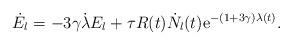
LaTeX: \begin{align*}\dot E_l = -3\gamma\dot\lambda E_l +\tau R(t) \dot N_l(t) \mathrm{e}^{-(1+3\gamma)\lambda(t)}.\end{align*}